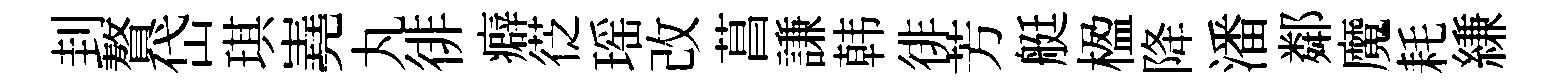
刲贅岱琪嶤丸徘癖徔瑶改菖謙韩徘芳艇楹降潘鄰魔耗縑